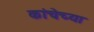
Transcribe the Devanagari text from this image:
कांचेच्या